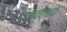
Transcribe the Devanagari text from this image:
वातवर्धक